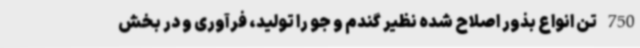
750 تن انواع بذور اصلاح شده نظیر گندم و جو را تولید، فرآوری و در بخش